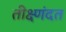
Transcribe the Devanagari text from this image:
तीक्ष्णंदत